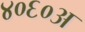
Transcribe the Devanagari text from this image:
४०६०अ